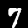
Label: 7